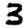
Digit: 3